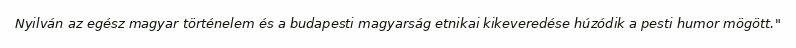
Nyilván az egész magyar történelem és a budapesti magyarság etnikai kikeveredése húzódik a pesti humor mögött."